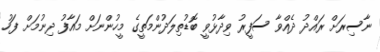
ނާސިރަށް ރައްދު ދެއްވާ ސަފީރު ވިދާޅުވީ ބޮޑުތިލަދުންމަތީގެ މީހުންނަށް މައާފު ދިނުމަށް ފަހު